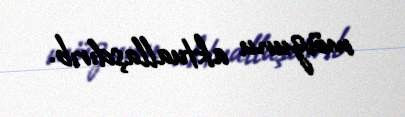
mövzunu aktuallaşdırıb.